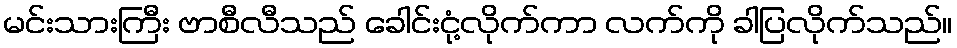
မင်းသားကြီး ဗာစီလီသည် ခေါင်းငုံ့လိုက်ကာ လက်ကို ခါပြလိုက်သည်။